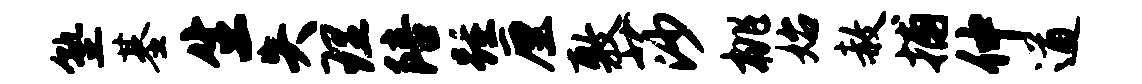
塾基生失理陪踵厘敷莎桃始赦捕仲遒